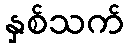
နှစ်သက်